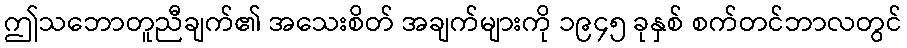
ဤသဘောတူညီချက်၏ အသေးစိတ် အချက်များကို ၁၉၄၅ ခုနှစ် စက်တင်ဘာလတွင်